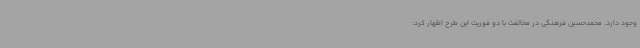
وجود دارد. محمدحسین فرهنگی در مخالفت با دو فوریت این طرح اظهار کرد: